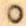
o